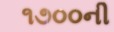
૧૭૦૦ની